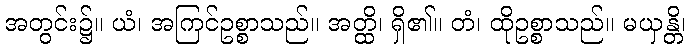
အတွင်း၌။ ယံ၊ အကြင်ဥစ္စာသည်။ အတ္ထိ၊ ရှိ၏။ တံ၊ ထိုဥစ္စာသည်။ မယှန္တိ၊